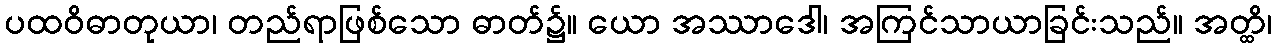
ပထဝိဓာတုယာ၊ တည်ရာဖြစ်သော ဓာတ်၌။ ယော အဿာဒေါ၊ အကြင်သာယာခြင်းသည်။ အတ္ထိ၊